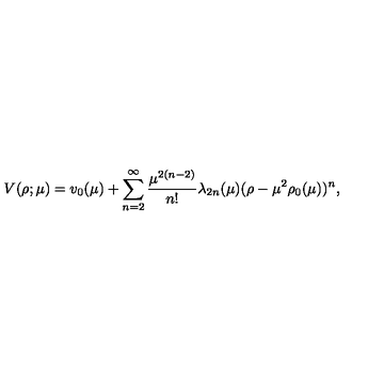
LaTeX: V ( \rho ; \mu ) = v _ { 0 } ( \mu ) + \sum _ { n = 2 } ^ { \infty } \frac { \mu ^ { 2 ( n - 2 ) } } { n ! } \lambda _ { 2 n } ( \mu ) ( \rho - \mu ^ { 2 } \rho _ { 0 } ( \mu ) ) ^ { n } ,